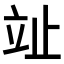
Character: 𣥢